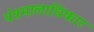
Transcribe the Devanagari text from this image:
यंत्रमालाधिकार